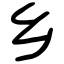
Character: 乡